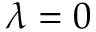
\lambda = 0